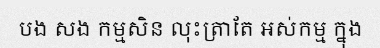
បង សង កម្មសិន លុះត្រាតែ អស់កម្ម ក្នុង